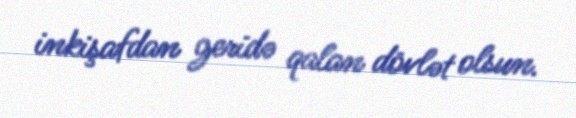
inkişafdan geridə qalan dövlət olsun.